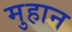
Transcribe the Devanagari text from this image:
मुहान